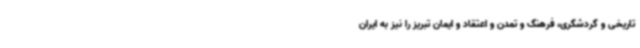
تاریخی و گردشگری، فرهنگ و تمدن و اعتقاد و ایمان تبریز را نیز به ایران